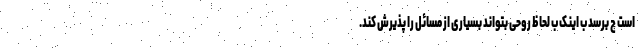
است چ برسد ب اینک ب لحاظ روحی بتواند بسیاری از مسائل را پذیرش کند.